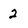
Character: 2